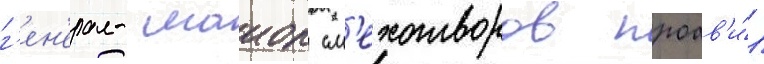
г'ен'ерал- маиор см'ехотворов проав'и́л